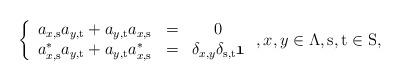
LaTeX: \begin{align*}\left\{ \begin{array}{ccc}a_{x,\mathrm{s}}a_{y,\mathrm{t}}+a_{y,\mathrm{t}}a_{x,\mathrm{s}} & = & 0 \\ a_{x,\mathrm{s}}^{\ast }a_{y,\mathrm{t}}+a_{y,\mathrm{t}}a_{x,\mathrm{s}}^{\ast } & = & \delta _{x,y}\delta _{\mathrm{s},\mathrm{t}}\mathfrak{1}\end{array}\right. ,x,y\in \Lambda ,\mathrm{s},\mathrm{t}\in \mathrm{S}, \end{align*}